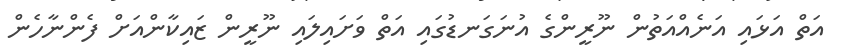
އަތް އަޅައި އަނެއްއަތުން ނޫރީންގެ އުނަގަނޑުގައި އަތް ވަށައިލައި ނޫރީން ޒައިކާންއަށް ފެންނާހެން